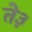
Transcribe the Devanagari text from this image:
ते३